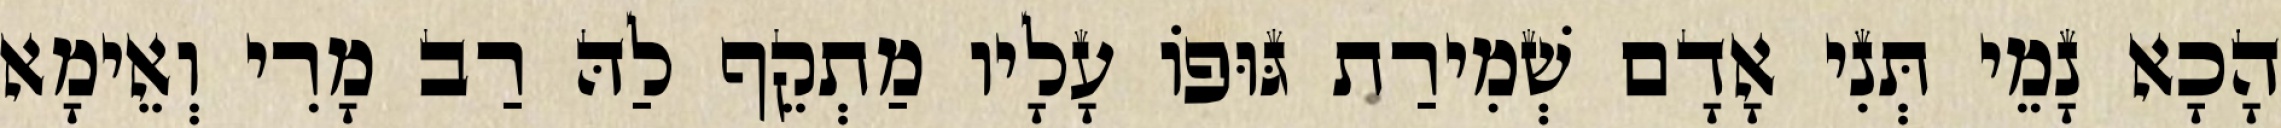
הָכָא נָמֵי תְּנִי אָדָם שְׁמִירַת גּוּפוֹ עָלָיו מַתְקֵף לַהּ רַב מָרִי וְאֵימָא